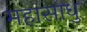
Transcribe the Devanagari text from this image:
महासाधु